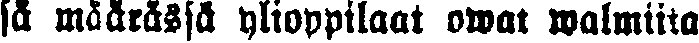
sä määrässä ylioppilaat owat walmiita